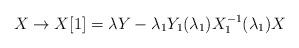
LaTeX: \begin{align*}X \rightarrow X[1]=\lambda Y-\lambda_{1}Y_{1}(\lambda_{1})X_{1}^{-1}(\lambda_{1})X\end{align*}